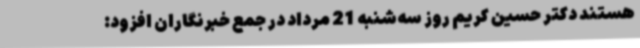
هستند دکتر حسین کریم روز سه‌شنبه 21 مرداد در جمع خبرنگاران افزود: